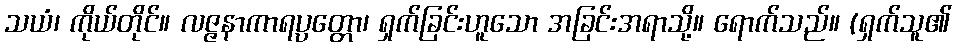
သယံ၊ ကိုယ်တိုင်။ လဇ္ဇနာကာရပ္ပတ္တော၊ ရှက်ခြင်းဟူသော အခြင်းအရာသို့။ ရောက်သည်။ (ရှက်သူ၏